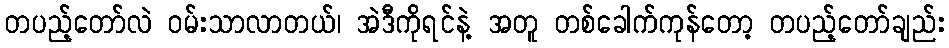
တပည့်တော်လဲ ဝမ်းသာလာတယ်၊ အဲဒီကိုရင်နဲ့ အတူ တစ်ခေါက်ကုန်တော့ တပည့်တော်ချည်း